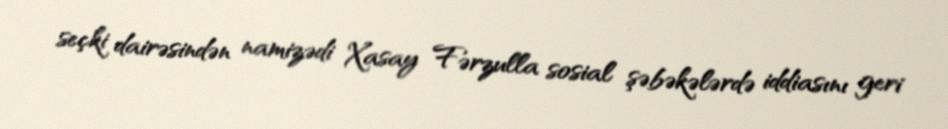
seçki dairəsindən namizədi Xasay Fərzulla sosial şəbəkələrdə iddiasını geri